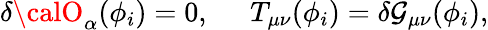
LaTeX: \delta{\calO}_{\alpha}(\phi_{i})=0,\; \; \; \; \; T_{\mu\nu}(\phi_{i})=\delta\mathcal{G}_{\mu\nu}(\phi_{i}),